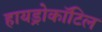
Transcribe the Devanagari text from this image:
हायड्रोकॉटिल